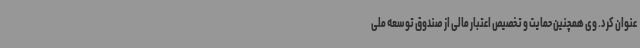
عنوان کرد. وی همچنین حمایت و تخصیص اعتبار مالی از صندوق توسعه ملی